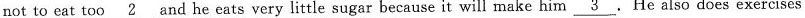
not to eat too \underline{2} and he eats very little sugar because it will make him \underline{3}. He also does exercises